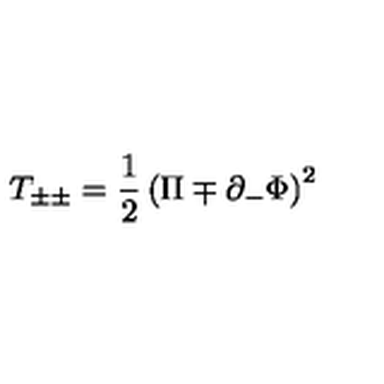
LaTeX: T _ { \pm \pm } = { \frac { 1 } { 2 } } \left( \Pi \mp \partial _ { - } \Phi \right) ^ { 2 }